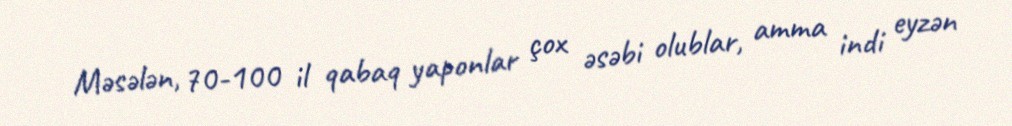
Məsələn, 70-100 il qabaq yaponlar çox əsəbi olublar, amma indi eyzən